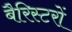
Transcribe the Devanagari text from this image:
बैरिस्टरों